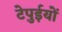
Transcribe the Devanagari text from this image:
टेपुईयों